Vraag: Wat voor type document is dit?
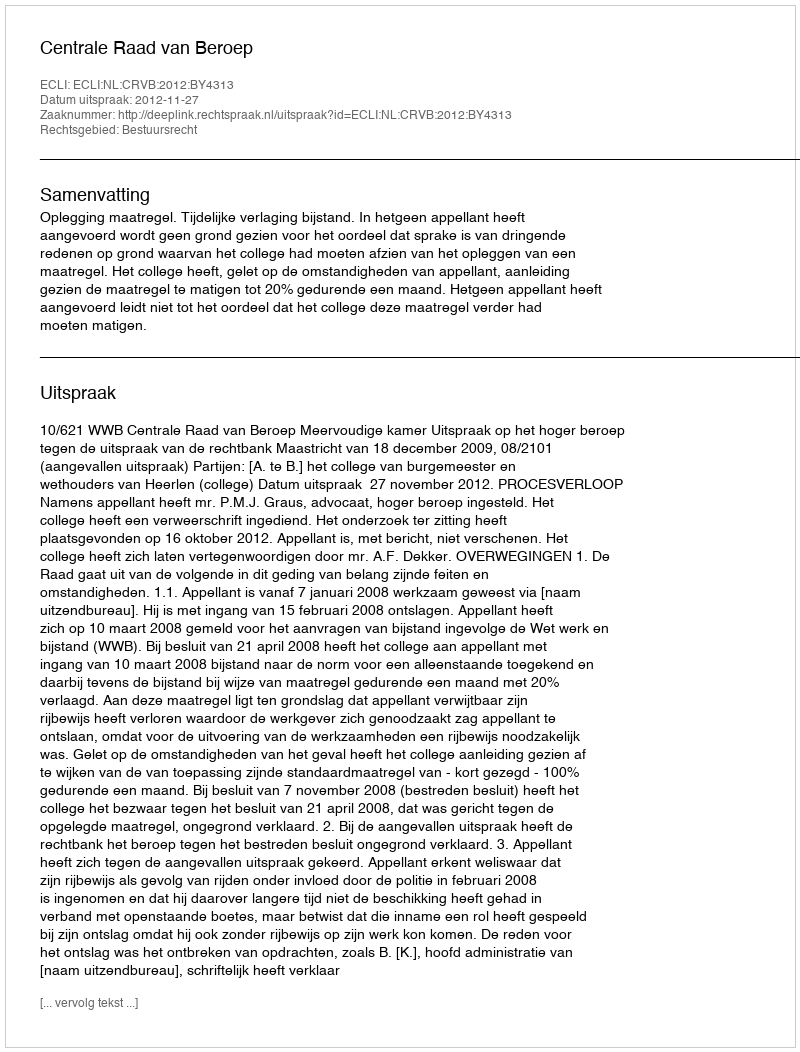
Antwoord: Uitspraak